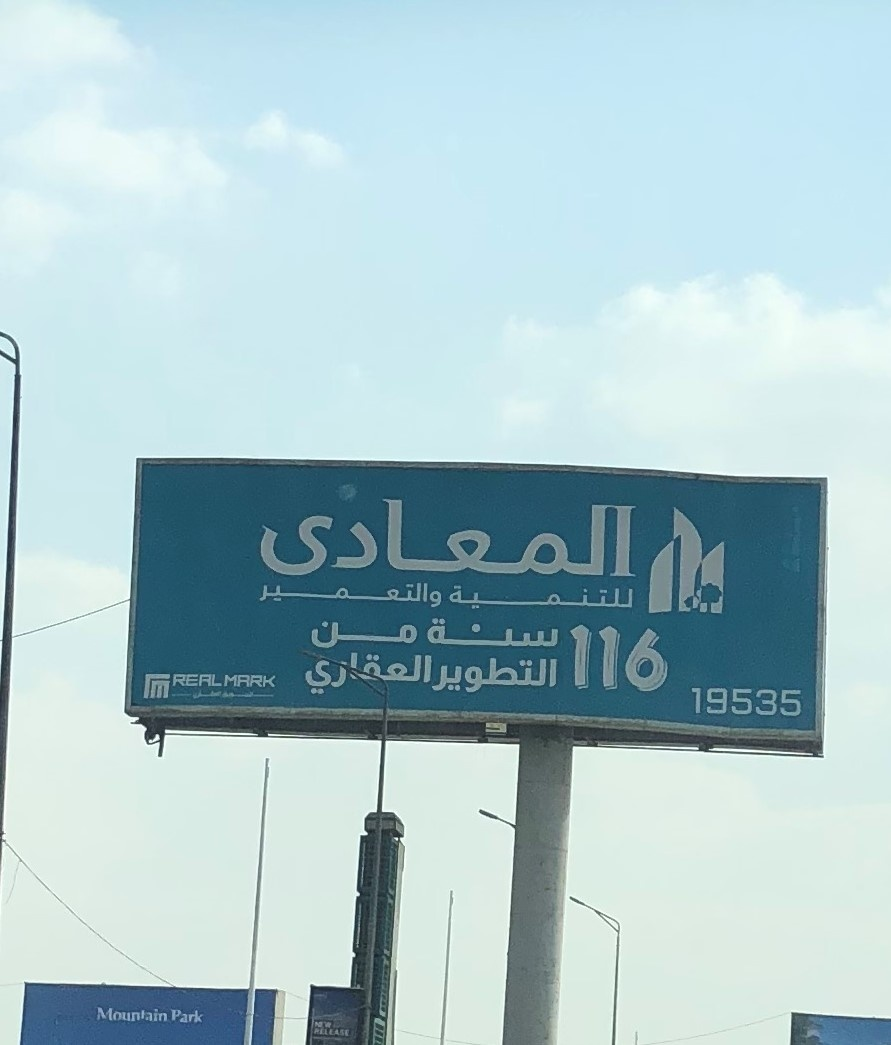
Text in image: المعادى والتعمير للتنمية سنة من العقاري التطوير 116 REAL MARK 19535 Mountain Park